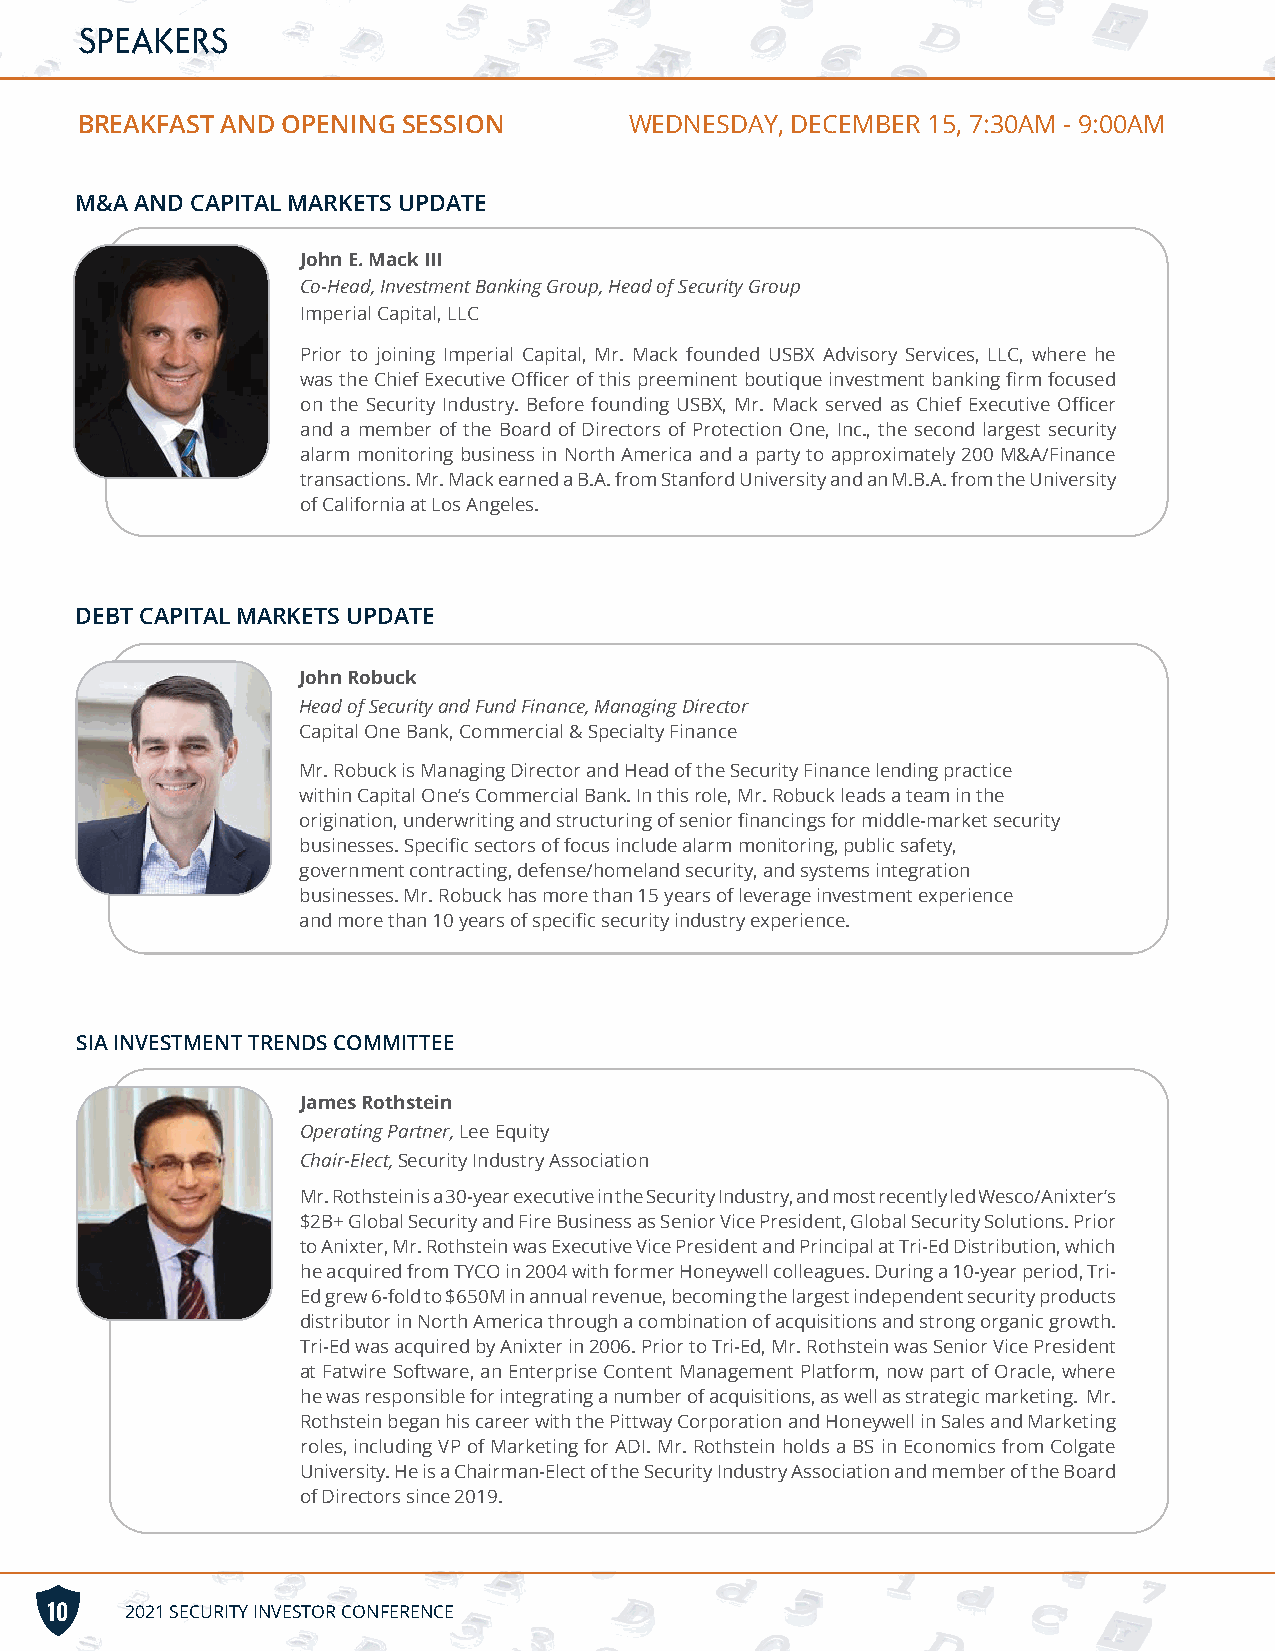
SPEAKERS
 BREAKFAST AND OPENING SESSION        WEDNESDAY, DECEMBER 15, 7:30AM - 9:00AM
 M&A AND CAPITAL MARKETS UPDATE
 John E. Mack III
 Co-Head, Investment Banking Group, Head of Security Group
 Imperial Capital, LLC
 Prior to joining Imperial Capital, Mr. Mack founded USBX Advisory Services, LLC, where he
 was the Chief Executive Officer of this preeminent boutique investment banking firm focused
 on the Security Industry. Before founding USBX, Mr. Mack served as Chief Executive Officer
 and a member of the Board of Directors of Protection One, Inc., the second largest security
 alarm monitoring business in North America and a party to approximately 200 M&A/Finance
 transactions. Mr. Mack earned a B.A. from Stanford University and an M.B.A. from the University
 of California at Los Angeles.
 DEBT CAPITAL MARKETS UPDATE
 John Robuck
 Head of Security and Fund Finance, Managing Director
 Capital One Bank, Commercial & Specialty Finance
 Mr. Robuck is Managing Director and Head of the Security Finance lending practice
 within Capital One’s Commercial Bank. In this role, Mr. Robuck leads a team in the
 origination, underwriting and structuring of senior financings for middle-market security
 businesses. Specific sectors of focus include alarm monitoring, public safety,
 government contracting, defense/homeland security, and systems integration
 businesses. Mr. Robuck has more than 15 years of leverage investment experience
 and more than 10 years of specific security industry experience.
 SIA INVESTMENT TRENDS COMMITTEE
 James Rothstein
 Operating Partner, Lee Equity
 Chair-Elect, Security Industry Association
 Mr. Rothstein is a 30-year executive in the Security Industry, and most recently led Wesco/Anixter’s
 $2B+ Global Security and Fire Business as Senior Vice President, Global Security Solutions. Prior
 to Anixter, Mr. Rothstein was Executive Vice President and Principal at Tri-Ed Distribution, which
 he acquired from TYCO in 2004 with former Honeywell colleagues. During a 10-year period, Tri-
 Ed grew 6-fold to $650M in annual revenue, becoming the largest independent security products
 distributor in North America through a combination of acquisitions and strong organic growth.
 Tri-Ed was acquired by Anixter in 2006. Prior to Tri-Ed, Mr. Rothstein was Senior Vice President
 at Fatwire Software, an Enterprise Content Management Platform, now part of Oracle, where
 he was responsible for integrating a number of acquisitions, as well as strategic marketing. Mr.
 Rothstein began his career with the Pittway Corporation and Honeywell in Sales and Marketing
 roles, including VP of Marketing for ADI. Mr. Rothstein holds a BS in Economics from Colgate
 University. He is a Chairman-Elect of the Security Industry Association and member of the Board
 of Directors since 2019.
 10   2021 SECURITY INVESTOR CONFERENCE